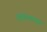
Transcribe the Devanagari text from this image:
चित्तिवालसा